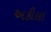
અકીલા